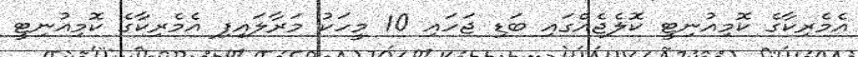
އެމެރިކާގެ ކޮމިއުނިޓީ ކޮލެޖެއްގައި ބަޑި ޖަހައި 10 މީހަކު މަރާލައިފި އެމެރިކާގެ ކޮމިއުނިޓީ